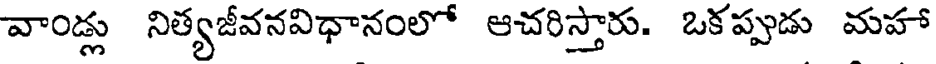
వాండ్లు నిత్యజీవనవిధానంలో ఆచరిస్తారు. ఒకప్పుడు మహా